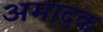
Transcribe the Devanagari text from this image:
अमादक